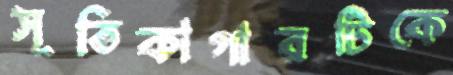
সূতিকাগারটিকে